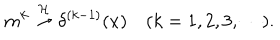
LaTeX: m ^ { k } \stackrel { { \cal H } } { \rightarrow } \delta ^ { ( k - 1 ) } ( x ) \quad ( k = 1 , 2 , 3 , \cdots ) .